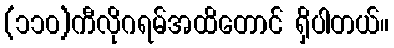
(၁၁၀)ကီလိုဂရမ်အထိတောင် ရှိပါတယ်။